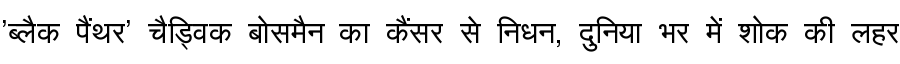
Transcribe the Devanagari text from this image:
'ब्लैक पैंथर' चैड्विक बोसमैन का कैंसर से निधन, दुनिया भर में शोक की लहर